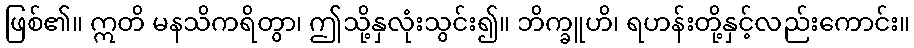
ဖြစ်၏။ ဣတိ မနသိကရိတွာ၊ ဤသို့နှလုံးသွင်း၍။ ဘိက္ခူဟိ၊ ရဟန်းတို့နှင့်လည်းကောင်း။